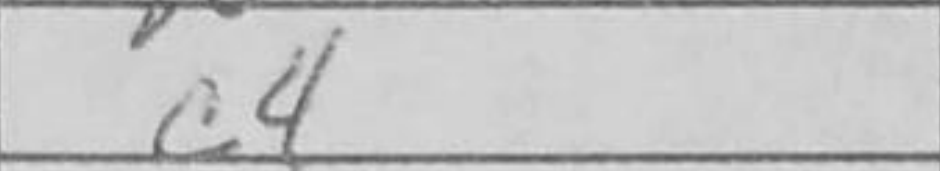
Transcription: c4